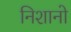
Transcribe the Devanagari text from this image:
निशानो